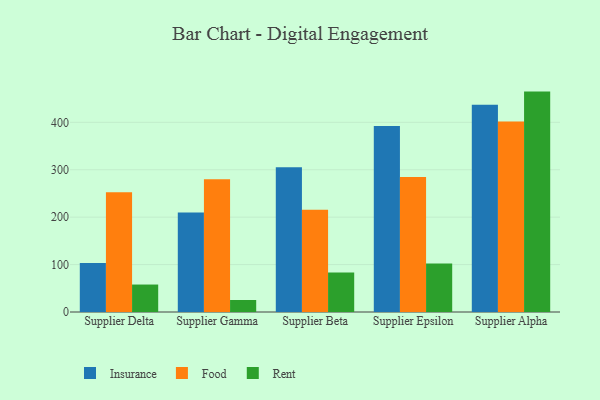
{"axis": {"x": "Supplier", "y": "Gross Profit (USD K)"}, "legend": ["Food", "Insurance", "Rent"], "data": [{"x": "Supplier Delta", "y": 103.5, "type": "Insurance"}, {"x": "Supplier Delta", "y": 252.5, "type": "Food"}, {"x": "Supplier Delta", "y": 57.9, "type": "Rent"}, {"x": "Supplier Gamma", "y": 209.6, "type": "Insurance"}, {"x": "Supplier Gamma", "y": 279.7, "type": "Food"}, {"x": "Supplier Gamma", "y": 25.3, "type": "Rent"}, {"x": "Supplier Beta", "y": 305.0, "type": "Insurance"}, {"x": "Supplier Beta", "y": 215.5, "type": "Food"}, {"x": "Supplier Beta", "y": 83.5, "type": "Rent"}, {"x": "Supplier Epsilon", "y": 392.5, "type": "Insurance"}, {"x": "Supplier Epsilon", "y": 284.5, "type": "Food"}, {"x": "Supplier Epsilon", "y": 102.2, "type": "Rent"}, {"x": "Supplier Alpha", "y": 437.2, "type": "Insurance"}, {"x": "Supplier Alpha", "y": 401.8, "type": "Food"}, {"x": "Supplier Alpha", "y": 464.8, "type": "Rent"}]}